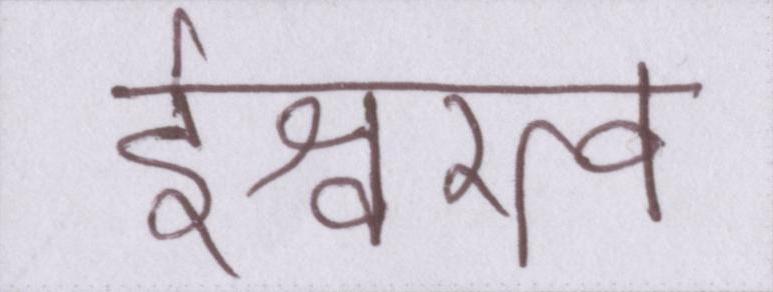
ईश्वरत्व